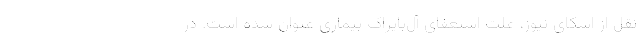
نقل از اسکای نیوز، علت استعفای آل‌بایراک بیماری عنوان شده است. در